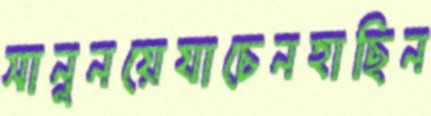
সানুনয়েযাচেনহাছিন